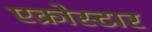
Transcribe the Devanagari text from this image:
एक्रोस्टार